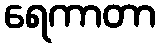
ရေကာတာ